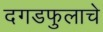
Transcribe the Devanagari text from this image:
दगडफुलाचे